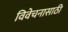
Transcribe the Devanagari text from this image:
विवेचनासाठी